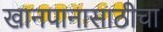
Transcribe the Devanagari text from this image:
खानपानासाठीचा